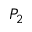
P _ { 2 }